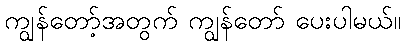
ကျွန်တော့်အတွက် ကျွန်တော် ပေးပါမယ်။